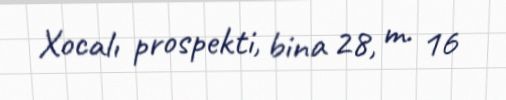
Xocalı prospekti, bina 28, m. 16